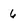
Character: 6